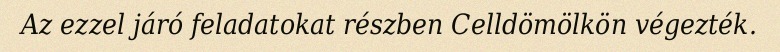
Az ezzel járó feladatokat részben Celldömölkön végezték.